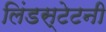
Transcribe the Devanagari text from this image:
लिंडस्टेटनी